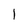
Character: 1